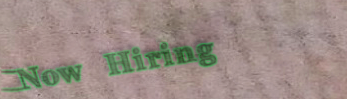
Now Hiring